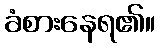
ခံစားနေရ၏။